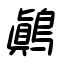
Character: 鷆